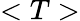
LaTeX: <T>